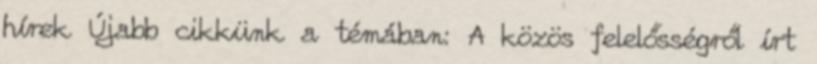
hírek Újabb cikkünk a témában: A közös felelősségről írt